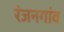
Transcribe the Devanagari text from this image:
रंजनगांव